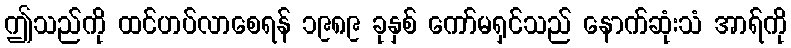
ဤသည်ကို ထင်ဟပ်လာစေရန် ၁၉၈၉ ခုနှစ် ကော်မရှင်သည် နောက်ဆုံးသံ အာရ်ကို